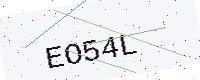
Text: EO54L